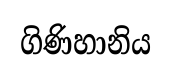
ගිණිහානිය